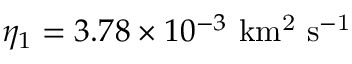
\eta _ { 1 } = 3 . 7 8 \times 1 0 ^ { - 3 } \ \mathrm { k m ^ { 2 } \ s ^ { - 1 } }